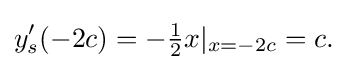
y_{s}'(-2c)=-{\tfrac {1}{2}}x|_{x=-2c}=c.\,\!